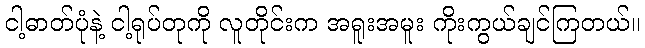
ငါ့ဓာတ်ပုံနဲ့ ငါ့ရုပ်တုကို လူတိုင်းက အရူးအမူး ကိုးကွယ်ချင်ကြတယ်။